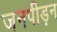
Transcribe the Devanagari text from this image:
जनपीड़न